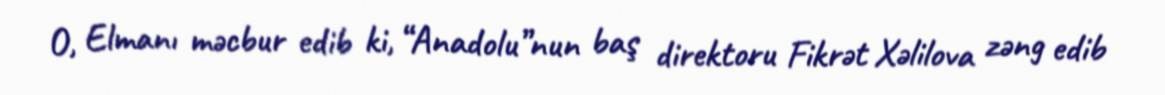
O, Elmanı məcbur edib ki, “Anadolu”nun baş direktoru Fikrət Xəlilova zəng edib